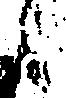
候